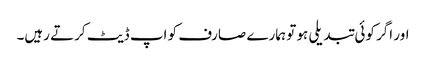
اور اگر کوئی تبدیلی ہو تو ہمارے صارف کو اپ ڈیٹ کرتے رہیں۔